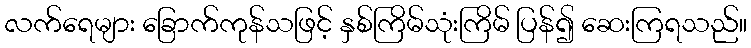
လက်ရေများ ခြောက်ကုန်သဖြင့် နှစ်ကြိမ်သုံးကြိမ် ပြန်၍ ဆေးကြရသည်။